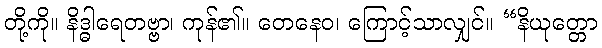
တို့ကို။ နိဒ္ဓါရေတဗ္ဗာ၊ ကုန်၏။ တေနေဝ၊ ကြောင့်သာလျှင်။ “နိယုတ္တော